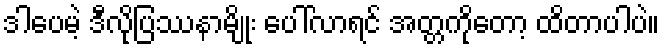
ဒါပေမဲ့ ဒီလိုပြဿနာမျိုး ပေါ်လာရင် အတ္တကိုတော့ ထိတာပါပဲ။